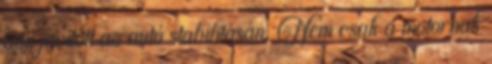
ami javított az autó stabilitásán. Nem csak a motornak